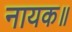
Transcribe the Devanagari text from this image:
नायक॥